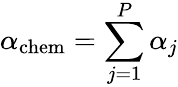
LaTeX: \alpha_{\mathrm{chem}}=\sum_{j=1}^{P}\alpha_{j}